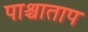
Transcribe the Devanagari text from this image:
पाश्चाताप